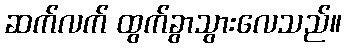
ဆက်လက် ထွက်ခွာသွားလေသည်။